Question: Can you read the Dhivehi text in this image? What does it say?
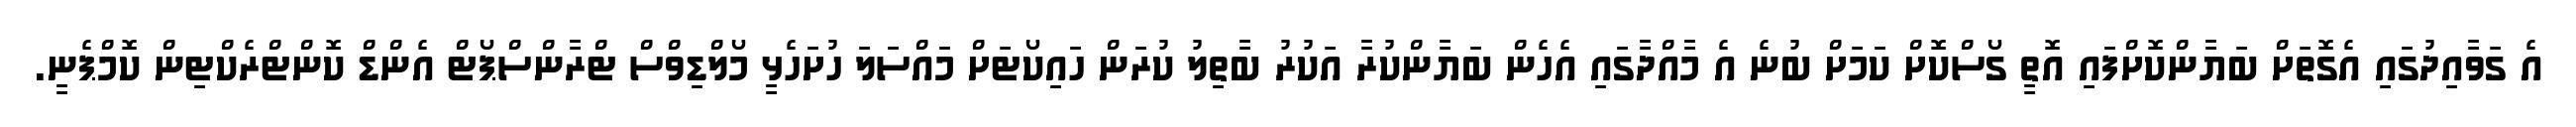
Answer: އެ ގަވާއިދުގައި އެގޮތަށް ބަޔާންކޮށްފައި އޮތީ ގޯސްކޮށް ކަމަށް ބުނެ އެ މާއްދާގައި އެހެން ބަޔާންކުރާ އަކުރު ބާތިލު ކުރަން ހައިކޯޓަށް މައްސަލަ ހުށަހެޅީ މޯލްޑިވްސް ޓްރާންސްޕޯޓް އެންޑް ކޮންޓްރެކްޓިން ކޮމްޕެނީ.